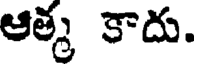
ఆత్మ కాదు.